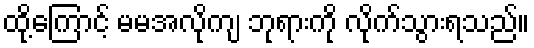
ထို့ကြောင့် မမအလိုကျ ဘုရားကို လိုက်သွားရသည်။